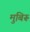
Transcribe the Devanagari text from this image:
मुबिरू